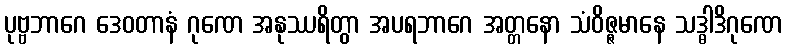
ပုဗ္ဗဘာဂေ ဒေဝတာနံ ဂုဏေ အနုဿရိတွာ အပရဘာဂေ အတ္တနော သံဝိဇ္ဇမာနေ သဒ္ဓါဒိဂုဏေ